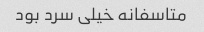
متاسفانه خیلی سرد بود